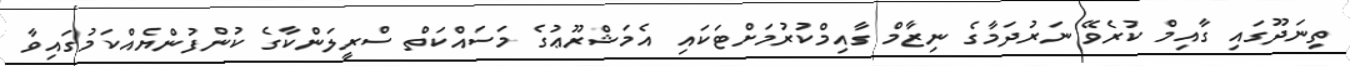
ތިނަދޫގައި ގާއިމް ކުރެވޭ ނަރުދަމާގެ ނިޒާމް ގާއިމްކުރުމަށްޓަކައި އެމަޝްރޫޢުގެ މަސައްކަތް ސްރީލަންކާގެ ކުންފުންޔެއްކަމުގައިވާ